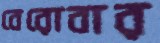
বেরোবার